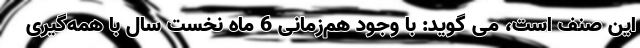
این صنف است، مى گوید: با وجود هم‌زمانى 6 ماه نخست سال با همه‌گیرى